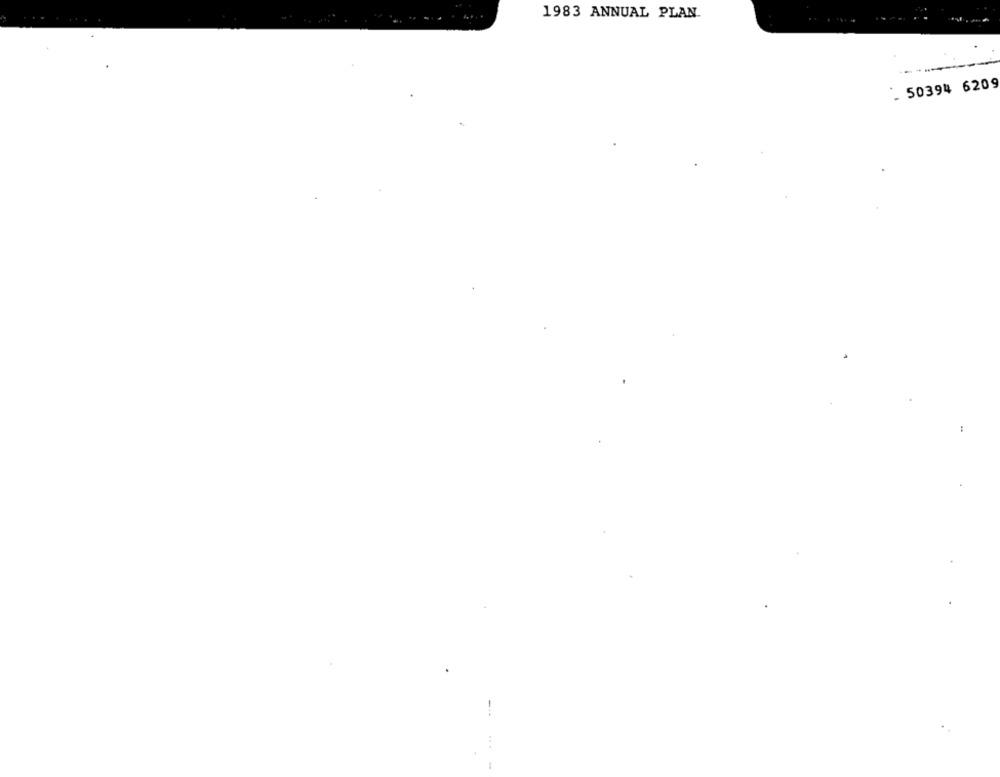
1983 ANNUAL PLAN.
- 50394 6209
.. .